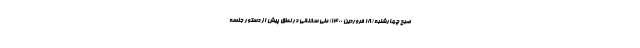
صبح چهارشنبه (۱۸ فروردین ۱۴۰۰) طی سخنانی در نطق پیش از دستور جلسه